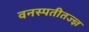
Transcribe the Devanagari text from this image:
वनस्पतीतज्ज्ञ